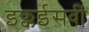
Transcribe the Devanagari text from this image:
इक्कईसवीं